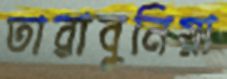
তারাবুনিয়া